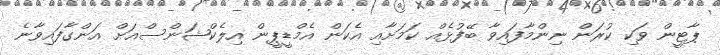
ޕާޓީން ވަކި ކުރަން ނިންމާފައިވާ ބޭފުޅެއް ކަމަށާއި އެކަން އެމްޑީޕީން އިލެކްޝަންސްއަށް އަންގާފައިވާނެ